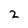
Character: 2